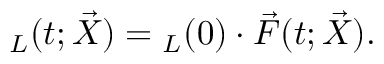
\boldsymbol { \mathbf { \ell } } _ { L } ( t ; \vec { X } ) = \boldsymbol { \mathbf { \ell } } _ { L } ( 0 ) \cdot \vec { F } ( t ; \vec { X } ) .